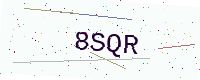
Text: 8SQR